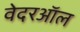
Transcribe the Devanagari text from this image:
वेदरऑल